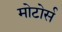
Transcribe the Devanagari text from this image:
मोटोर्स